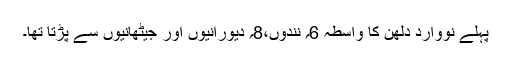
پہلے نووارد دُلھن کا واسطہ 6؍ نندوں،8؍ دیورانیوں اور جیٹھانیوں سے پڑتا تھا۔